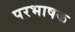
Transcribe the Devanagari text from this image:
परभाषक